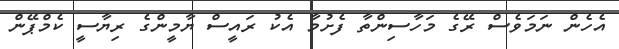
އެހެން ނަމަވެސް ރޭގެ މަހާސިންތާ ފެށުމާ އެކު ރައީސް ޔާމީންގެ ރިޔާސީ ކެމްޕޭން